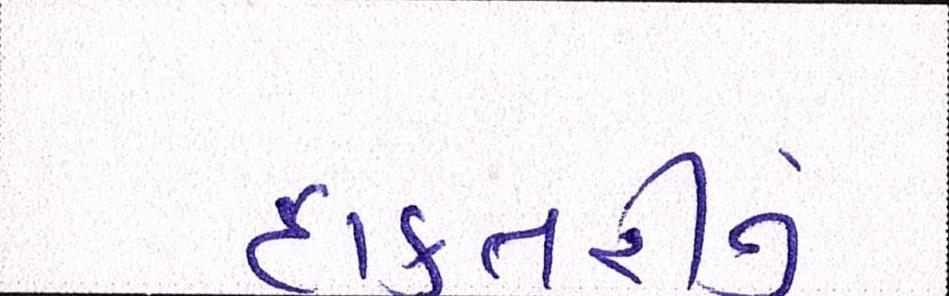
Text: દાક્તરીનું